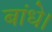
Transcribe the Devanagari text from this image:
बांधे।